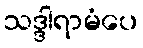
သဒ္ဒါရာမံပေ